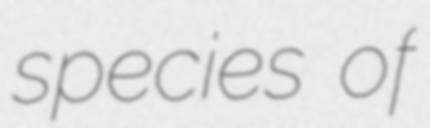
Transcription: species of